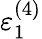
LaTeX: \varepsilon_{1}^{(4)}